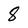
Character: 8